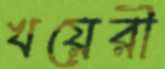
খয়েরী